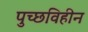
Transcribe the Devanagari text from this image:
पुच्छविहीन